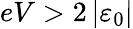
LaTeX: eV>2\left\vert\varepsilon_{0}\right\vert